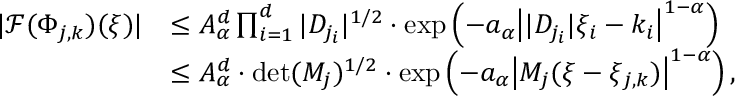
\begin{array} { r l } { | \mathcal { F } ( \Phi _ { j , k } ) ( \xi ) | } & { \leq A _ { \alpha } ^ { d } \prod _ { i = 1 } ^ { d } | D _ { j _ { i } } | ^ { 1 / 2 } \cdot \exp \left( - a _ { \alpha } \big | | D _ { j _ { i } } | \xi _ { i } - k _ { i } \big | ^ { 1 - \alpha } \right) } \\ & { \le A _ { \alpha } ^ { d } \cdot \mathrm { d e t } ( M _ { j } ) ^ { 1 / 2 } \cdot \exp \left( - a _ { \alpha } \big | M _ { j } ( \xi - \xi _ { j , k } ) \big | ^ { 1 - \alpha } \right) , } \end{array}